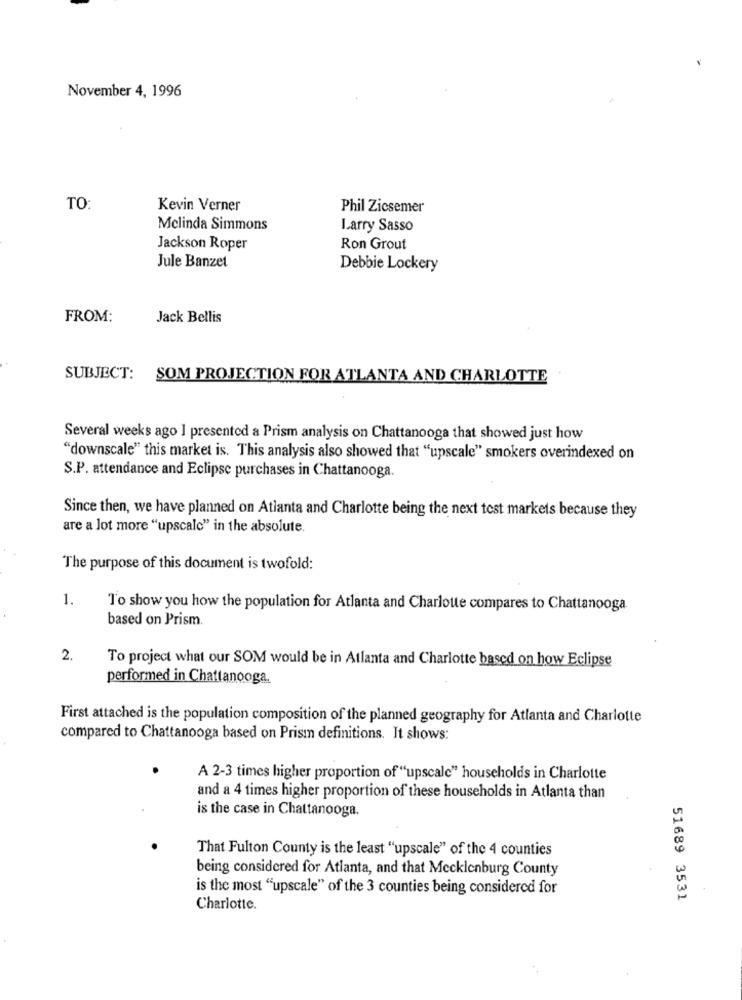
November 4, 1996
TO:
Kevin Verner
Phil Zicsemer
Melinda Simmons
Larry Sasso
Jackson Roper
Ron Grout
Jule Banzet
Debbie Lockery
FROM:
Jack Bellis
SUBJECT: SOM PROJECTION FOR ATLANTA AND CHARLOTTE
Several weeks ago I presented a Prism analysis on Chattanooga that showed just how
"downscale" this market is. This analysis also showed that "upscale" smokers overindexed on
S.P. attendance and Eclipse purchases in Chattanooga.
Since then, we have planned on Atlanta and Charlotte being the next test markets because they
are a lot more "upscale" in the absolute.
The purpose of this document is twofold:
1.
To show you how the population for Atlanta and Charlotte compares to Chattanooga.
based on Prism.
2.
To project what our SOM would be in Atlanta and Charlotte based on how Eclipse
performed in Chattanooga.
First attached is the population composition of the planned geography for Atlanta and Charlotte
compared to Chattanooga based on Prism definitions. It shows:
A 2-3 times higher proportion of "upscale" households in Charlotte
and a 4 times higher proportion of these households in Atlanta than
is the case in Chattanooga.
That Fulton County is the least "upscale" of the 4 counties
being considered for Atlanta, and that Mecklenburg County
is the most "upscale" of the 3 counties being considered for
51689 3531
Charlotte.